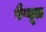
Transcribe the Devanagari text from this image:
पैप्यूल